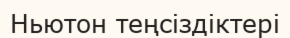
Ньютон теңсіздіктері